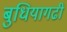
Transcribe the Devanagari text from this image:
बुधियागढी